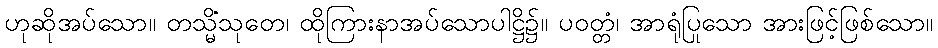
ဟုဆိုအပ်သော။ တသ္မိံသုတေ၊ ထိုကြားနာအပ်သောပါဋ္ဌိ၌။ ပဝတ္တံ၊ အာရုံပြုသော အားဖြင့်ဖြစ်သော။